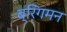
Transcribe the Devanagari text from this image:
ब्रिंगमन